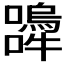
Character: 𭌨